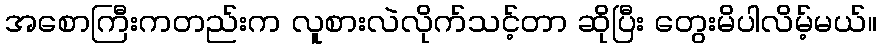
အစောကြီးကတည်းက လူစားလဲလိုက်သင့်တာ ဆိုပြီး တွေးမိပါလိမ့်မယ်။